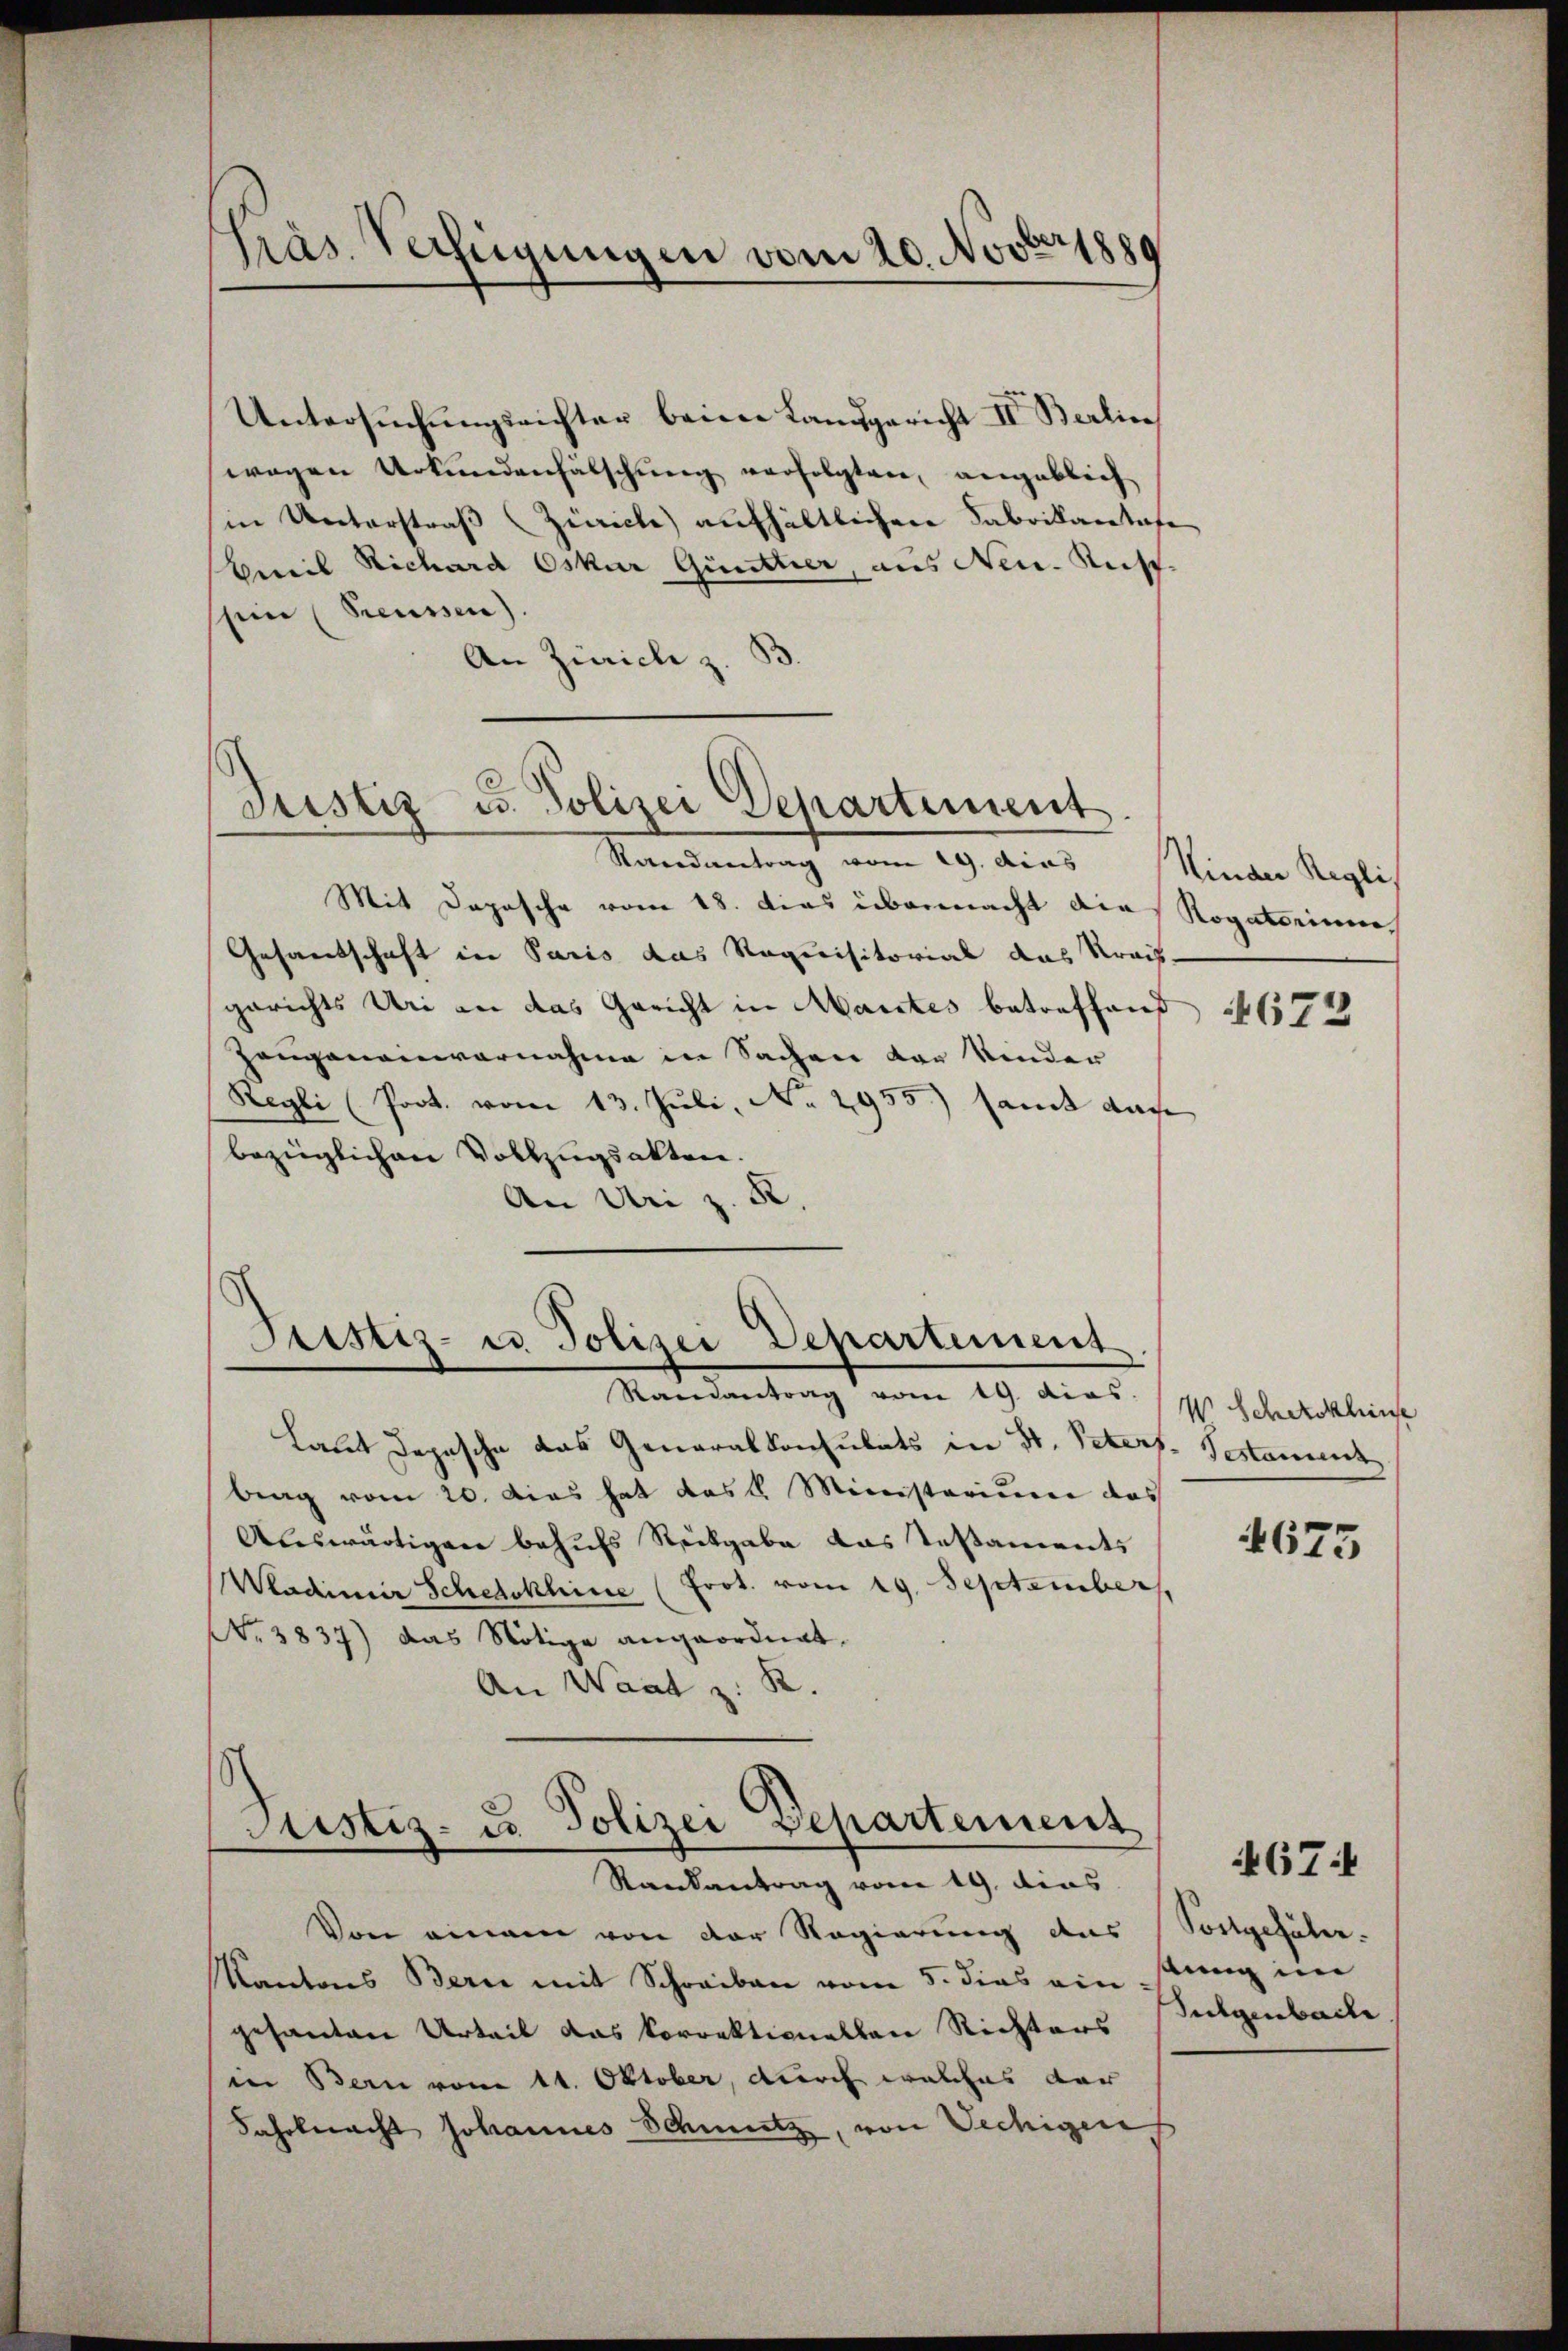
Präs. Verfügungen vom 20. Novbr 1889

Untersuchungsrichter beim Landgericht II. Berlin
wegen Urkundenfälschung verfolgten, angeblich
in Unterstraβ (Zürich aufhältlichen Fabrikantafe
weil Richard Oskar Quittier, aus Neu. Aus-
ssein (Preussen).
An Zürich z. B.

Justiz u. Polizei Departement.

Randantrag vom 19. dies Hinder Regli
Mit Depesche vom 18. dies übermacht die Rogatoriums
Gesandschaft in Paris das Requisitorial das Kreis-
gerichts Uri an das Gericht in Mantes betreffend
Zeugeneinvernahme in Sachen von Kinder
Regli (Poot. vom 13. Juli, No. 2955.) samt dach
bezüglichen Vollzugsakten.
An Un z. R.

.
Sistiz- u. Polizei Departement
Randantrag vom 19. dies.

Laut Depesche das Generalkonsulats in St. Peters. Gestame
brag vom 20. Das hat das k. Ministerium das
Auswärtigen behufs Rückgabe das Testaments
Wladimir Schedokhine (Frot. vom 19. September,
NNo. 3837) das Nötige angeordnet.
An Waat z. R.

Justiz- u. Polizei Departement
Randantrag vom 19. dies

Von einem von der Regierung des Sortgefäl¬
Kantons Bern mit Schreiben vom 5. dies ein stung im
gesanten Urteil das korrektionallen Richters
in Bern vom 11. Oktober, durch welches dar
Fahrbnacht Johannes Schmutz, von Techigen

4672

V. Scherkhinse

4675

Sulgenbache

467: